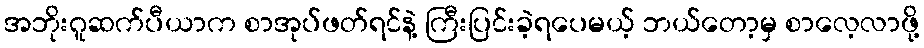
အဘိုးဂူဆက်ပီယာက စာအုပ်ဖတ်ရင်နဲ့ ကြီးပြင်းခဲ့ရပေမယ့် ဘယ်တော့မှ စာလေ့လာဖို့